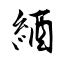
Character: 綇